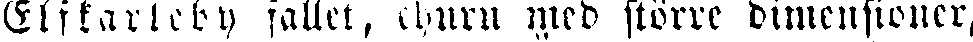
Elfkarleby fallet, ehuru mrd större dimensioner,